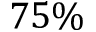
7 5 \%